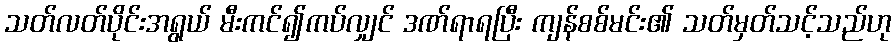
သတ်လတ်ပိုင်းအရွယ် မီးကင်၍ကပ်လျှင် ဒဏ်ရာရပြီး ကျန်စစ်မင်း၏ သတ်မှတ်သင့်သည်ဟု